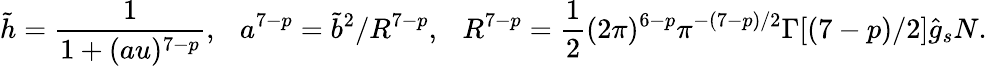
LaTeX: \tilde{h}=\frac{1}{1+(au)^{7-p}},\ \ \ a^{7-p}=\tilde{b}^{2}/R^{7-p},\ \ \ R^{7-p}=\frac{1}{2}(2\pi)^{6-p}\pi^{-(7-p)/2}\Gamma[(7-p)/2]\hat{g}_{s}N.